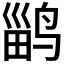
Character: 𱊎